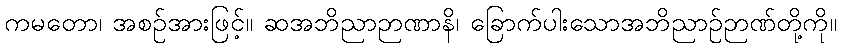
ကမတော၊ အစဉ်အားဖြင့်။ ဆအဘိညာဉာဏာနိ၊ ခြောက်ပါးသောအဘိညာဉ်ဉာဏ်တို့ကို။